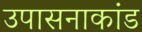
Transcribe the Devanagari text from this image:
उपासनाकांड